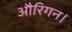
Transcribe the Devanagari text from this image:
औरिगन।